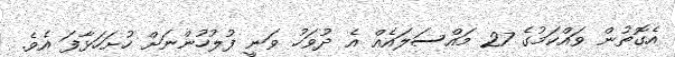
އެގޮތުން ވައްކަމުގެ 27 މައްސަލައެއް އެ ދުވަހު ވަނީ ފުލުހުންނަށް ހުށަހަޅާފަ އެވެ.